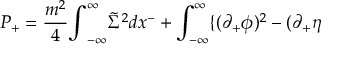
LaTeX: P _ { + } = { \frac { m ^ { 2 } } { 4 } } { \int } _ { - { \infty } } ^ { \infty } \tilde { \Sigma } ^ { 2 } d x ^ { - } + \int _ { - { \infty } } ^ { \infty } \{ ( { \partial } _ { + } { \phi } ) ^ { 2 } - ( { \partial } _ { + } { \eta }